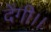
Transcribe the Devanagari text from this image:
देंगी।।